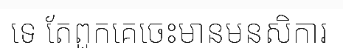
ទេ តែពួកគេចេះមានមនសិការ